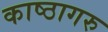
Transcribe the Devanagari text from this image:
काष्ठागरु